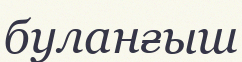
буланғыш